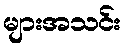
များအသင်း